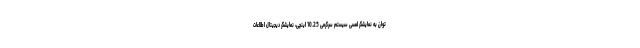
توان به نمایشگر لمسی سیستم سرگرمی 10.25 اینچی، نمایشگر دیجیتال اطلاعات